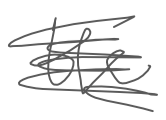
Text: the
Cross-out: scratch
Writing tool: digital_gray